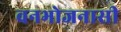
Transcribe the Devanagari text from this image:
वनभोजनासी